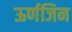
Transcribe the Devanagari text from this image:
ऊर्णजिन